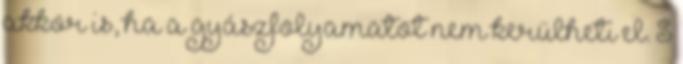
akkor is, ha a gyászfolyamatot nem kerülheti el. S